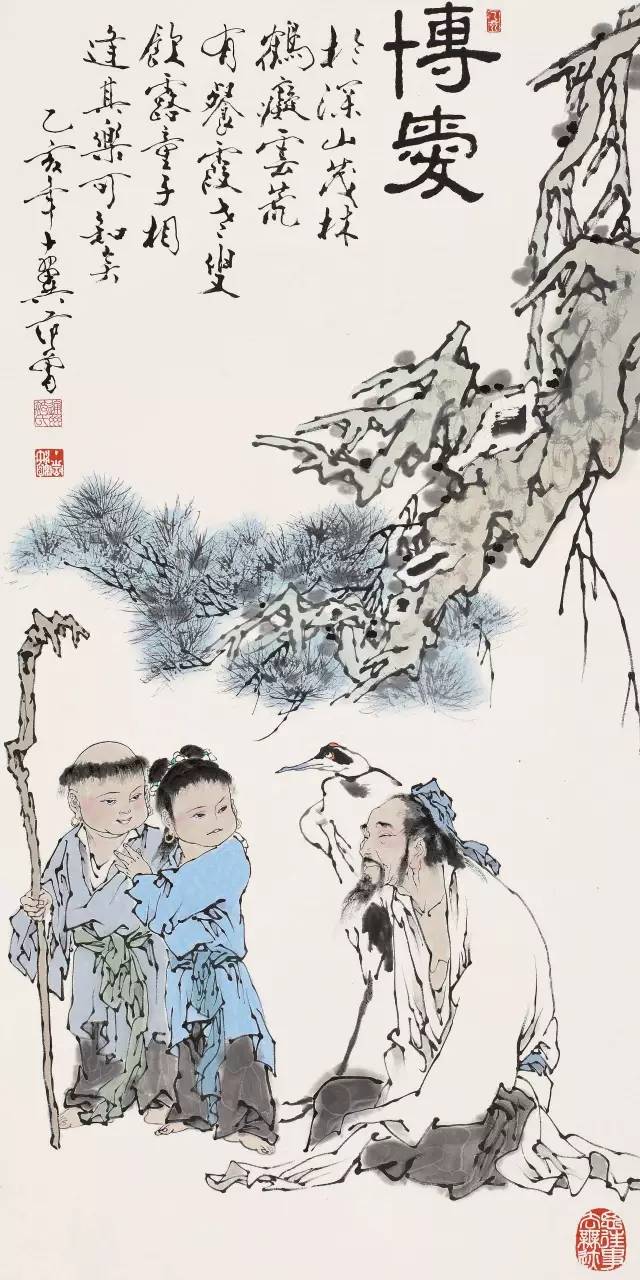
从心所欲不逾矩。